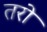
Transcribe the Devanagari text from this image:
तरो